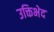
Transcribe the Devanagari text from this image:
उक्तिभेद